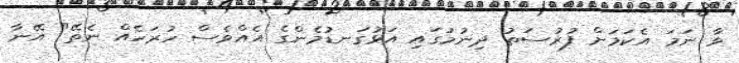
ވާ ނަމަ އެކަމަށް ފުރުސަތު ދިނުމުގައި އަޅުގަނޑުމެންގެ އެއްވެސް ހުރަހެއް ނެތޭ" އޭނާ